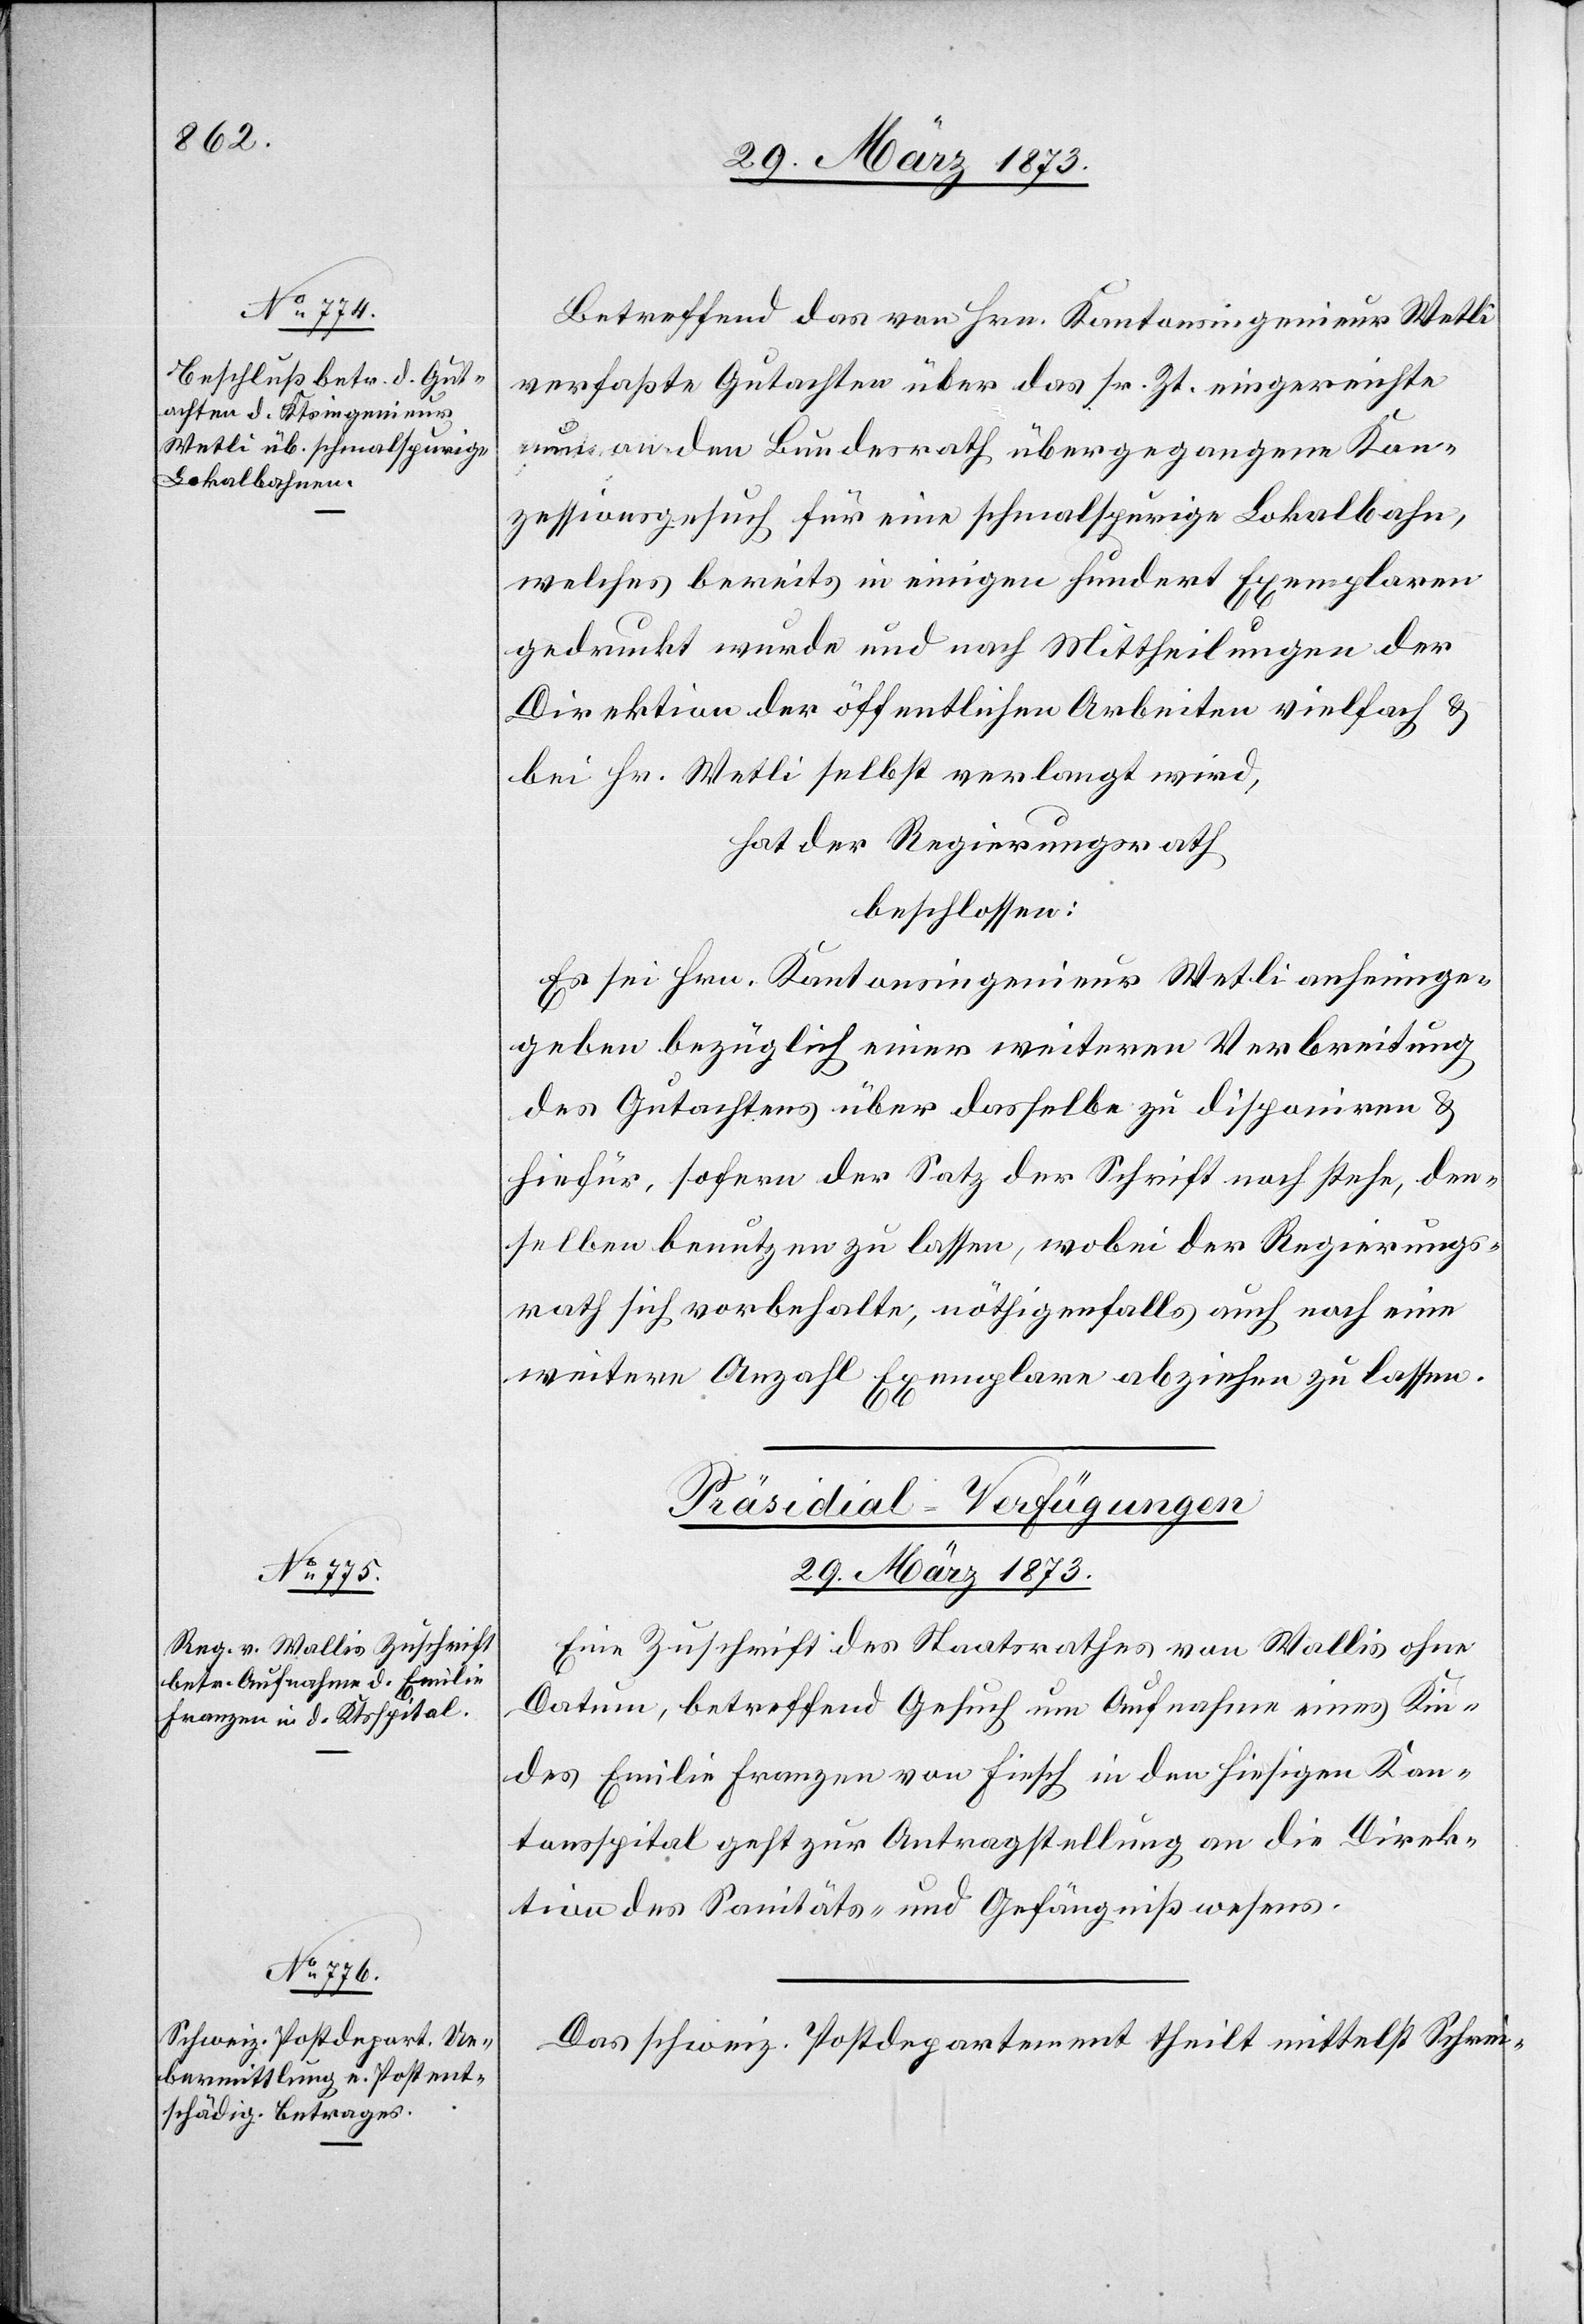
Betreffend das von Hrn. Kantonsingenieur Wetli
verfaßte Gutachten über das sr. Zt. eingereichte
und an den Bundesrath übergegangene Kon¬
zessionsgesuch für eine schmalspurige Lokalbahn,
welches bereits in einigen hundert Exemplaren
gedruckt wurde und nach Mittheilungen der
Direktion der öffentlichen Arbeiten vielfach u.
bei Hr. Wetli selbst verlangt wird,
hat der Regierungsrath
beschlossen:
Es sei Hrn. Kantonsingenieur Wetli anheimge¬
geben bezüglich einer weiteren Verbreitung
des Gutachtens über dasselbe zu disponiren u.
hiefür, sofern der Satz der Schrift noch stehe, den¬
selben benutzen zu lassen, wobei der Regierungs¬
rath sich vorbehalte, nöthigenfalls auch noch eine
weitere Anzahl Exemplare abziehen zu lassen.
[Präsidial-Verfügungen.
29. März 1873.]
Eine Zuschrift des Staatsrathes von Wallis ohne
Datum, betreffend Gesuch um Aufnahme eines Kin¬
des Emilie Franzen von Fiesch in den hiesigen Kan¬
tonsspital geht zur Antragstellung an die Direk¬
tion des Sanitäts- und Gefängnißwesens.
Das schweiz. Postdepartement theilt mittelst Schrei-